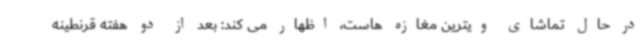
در حال تماشای ویترین مغازه هاست، اظهار می کند: بعد از دو هفته قرنطینه